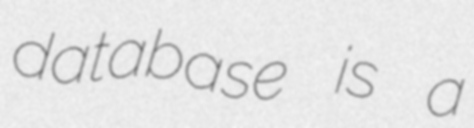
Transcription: database is a